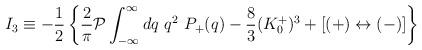
LaTeX: \begin{align*}I_3\equiv-{1\over 2}\left\{ {2\over \pi} {\cal P}\int^\infty_{-\infty} dq\ q^2 \ P_+(q)-{8\over 3}(K^+_0)^3+[(+)\leftrightarrow (-)]\right\}\end{align*}